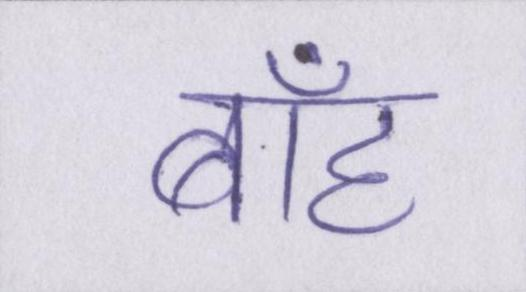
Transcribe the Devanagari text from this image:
बाँह